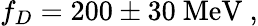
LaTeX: f_{D}=200\pm 30\ \mathrm{MeV}\ ,